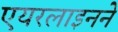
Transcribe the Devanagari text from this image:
एयरलाइनने